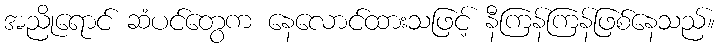
အညိုရောင် ဆံပင်တွေက နေလောင်ထားသဖြင့် နီကြန်ကြန်ဖြစ်နေသည်။